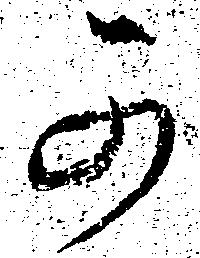
可